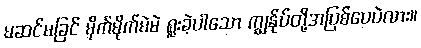
မဆင်မခြင် မိုက်မိုက်မဲမဲ ရူးခဲ့ပါသော ကျွန်ုပ်တို့အပြစ်ပေပဲလား။